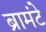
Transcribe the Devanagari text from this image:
ब्रामंटे